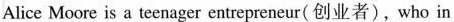
Alice Moore is a teenager entrepreneur( 创业者), who in